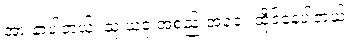
အားနာပါတယ်၊ သူ ယခု အစည်းအဝေး ထိုင်နေပါတယ်။